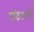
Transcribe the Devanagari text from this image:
एडिनबर्ग़